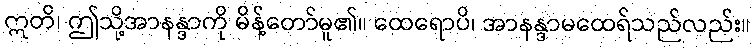
ဣတိ၊ ဤသို့အာနန္ဒာကို မိန့်တော်မူ၏။ ထေရောပိ၊ အာနန္ဒာမထေရ်သည်လည်း။